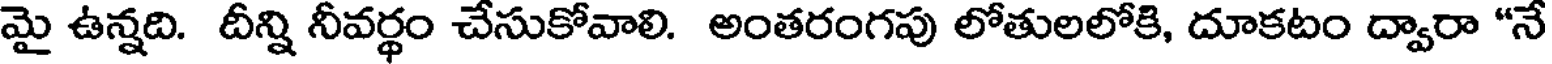
మై ఉన్నది. దీన్ని నీవర్థం చేసుకోవాలి. అంతరంగపు లోతులలోకి, దూకటం ద్వారా "నే